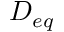
D _ { e q }